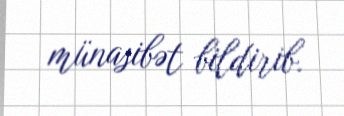
münasibət bildirib.